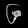
Digit: ၆